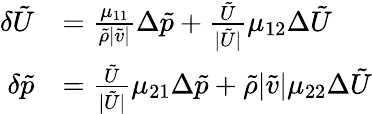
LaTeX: \begin{array}{rl}{\delta\tilde{U}}&{=\frac{\mu_{11}}{\tilde{\rho}|\tilde{v}|}\Delta\tilde{p}+\frac{\tilde{U}}{|\tilde{U}|}\mu_{12}\Delta\tilde{U}}\\ {\delta\tilde{p}}&{=\frac{\tilde{U}}{|\tilde{U}|}\mu_{21}\Delta\tilde{p}+\tilde{\rho}|\tilde{v}|\mu_{22}\Delta\tilde{U}}\end{array}